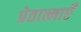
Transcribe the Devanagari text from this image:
प्रेतात्माएँ